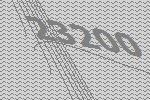
23200